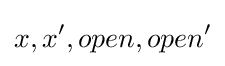
x,x',open,open'